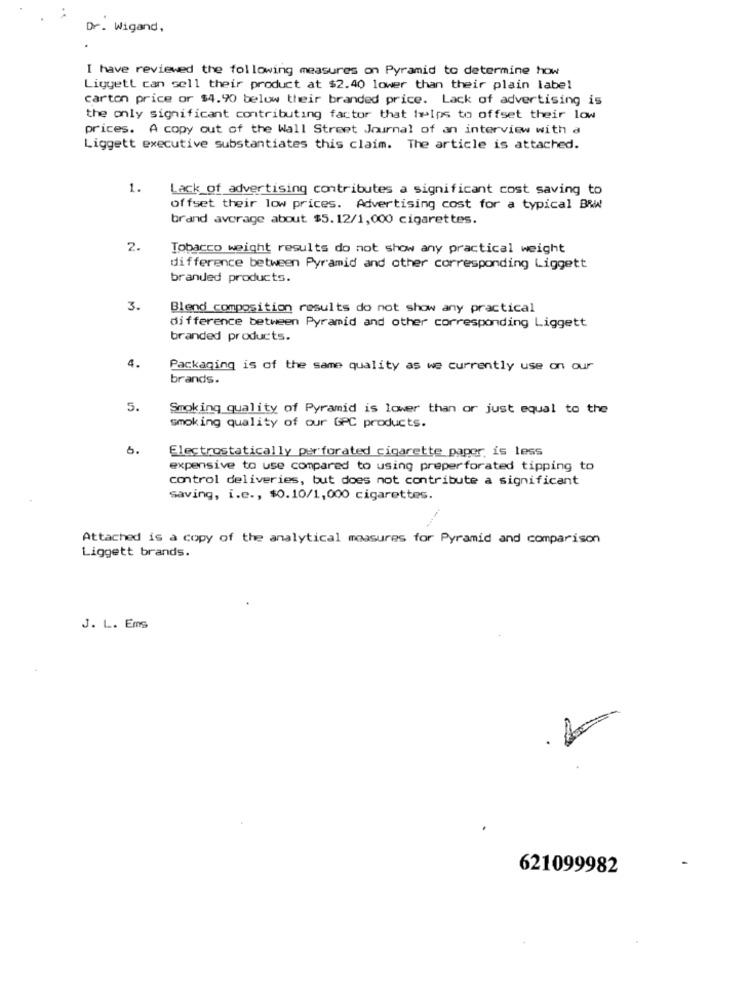
Dr. Wigand,
I have reviewed the following measures on Pyramid to determine how
Ligyett can sell their product at $2.40 lower than their plain label
carton price or $4.90 below their branded price. Lack of advertising is
the only significant contributing factor that trips to offset their low
prices. A copy out of the Wall Street Journal of an interview with a
Liggett executive substantiates this claim. The article is attached.
1.
Lack of advertising contributes a significant cost saving to
offset their low prices. Advertising cost for a typical BRW
brand average about $5.12/1,000 cigarettes.
2.
Tobacco weight results do not show any practical weight
difference between Pyramid and other corresponding Liggett
branded products.
3.
Blend composition results do not show any practical
difference between Pyramid and other corresponding Liggett
branded products.
4.
Packaging is of the same quality as we currently use on our
brands.
5.
Smoking quality of Pyramid is lower than or just equal to the
smoking quality of our GPC products.
6.
Electrostatically perforated cigarette paper is less
expensive to use compared to using preperforated tipping to
control deliveries, but does not contribute a significant
saving, i.e ., $0.10/1,000 cigarettes.
Attached is a copy of the analytical measures for Pyramid and comparison
Liggett brands.
J. L. Ems
4.
621099982